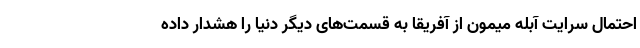
احتمال سرایت آبله میمون از آفریقا به قسمت‌های دیگر دنیا را هشدار داده